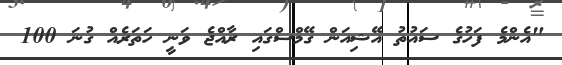
"އެންމެ ފަހުގެ ސައުތު އޭޝިއަން ގޭމްސްގައި ރާއްޖެ ވަނީ ހަތަރެއް ގުނަ 100